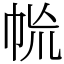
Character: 㡃